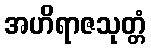
အဟိရာဇသုတ္တံ